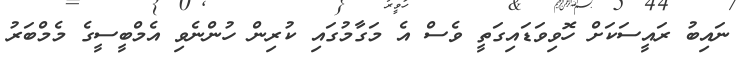
ނައިބު ރައީސަކަށް ހޮވިވަޑައިގަތީ ވެސް އެ މަގާމުގައި ކުރިން ހުންނެވި އެމްބީސީގެ މެމްބަރު